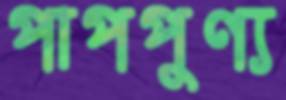
পাপপুণ্য